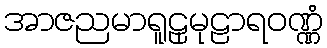
အာဇညမာရူဠှမုဠာရဝဏ္ဏံ